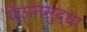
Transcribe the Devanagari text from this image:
येऊनसुद्धा